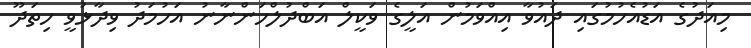
މިއަދުގެ އަޑުއެހުމުގައި ދައުވާ އިއްވަމުން އަލީގެ ވަކީލް އަބްދުލްހަންނާނު އަހުމަދު ވިދާޅުވީ ހިތަދޫ